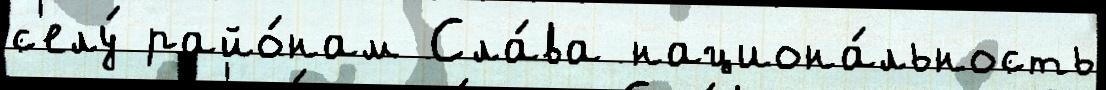
с'елу́ райо́нам Сла́ва национа́льность